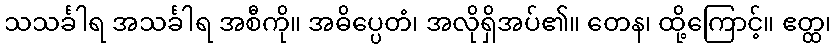
သသင်္ခါရ အသင်္ခါရ အစီကို။ အဓိပ္ပေတံ၊ အလိုရှိအပ်၏။ တေန၊ ထို့ကြောင့်။ ဧတ္ထ၊